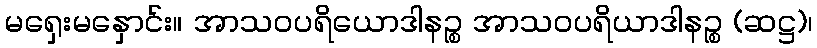
မရှေးမနှောင်း။ အာသဝပရိယောဒါနဉ္စ အာသဝပရိယာဒါနဉ္စ (ဆဋ္ဌ)၊